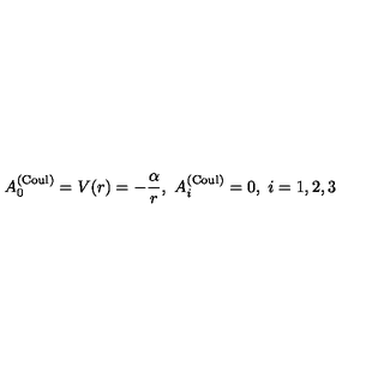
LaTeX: A _ { 0 } ^ { ( \mathrm { C o u l } ) } = V ( r ) = - \frac \alpha r , \ A _ { i } ^ { ( \mathrm { C o u l } ) } = 0 , \ i = 1 , 2 , 3